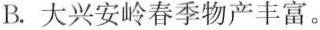
B.大兴安岭春季物产丰富。